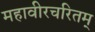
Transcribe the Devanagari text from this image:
महावीरचरितम्